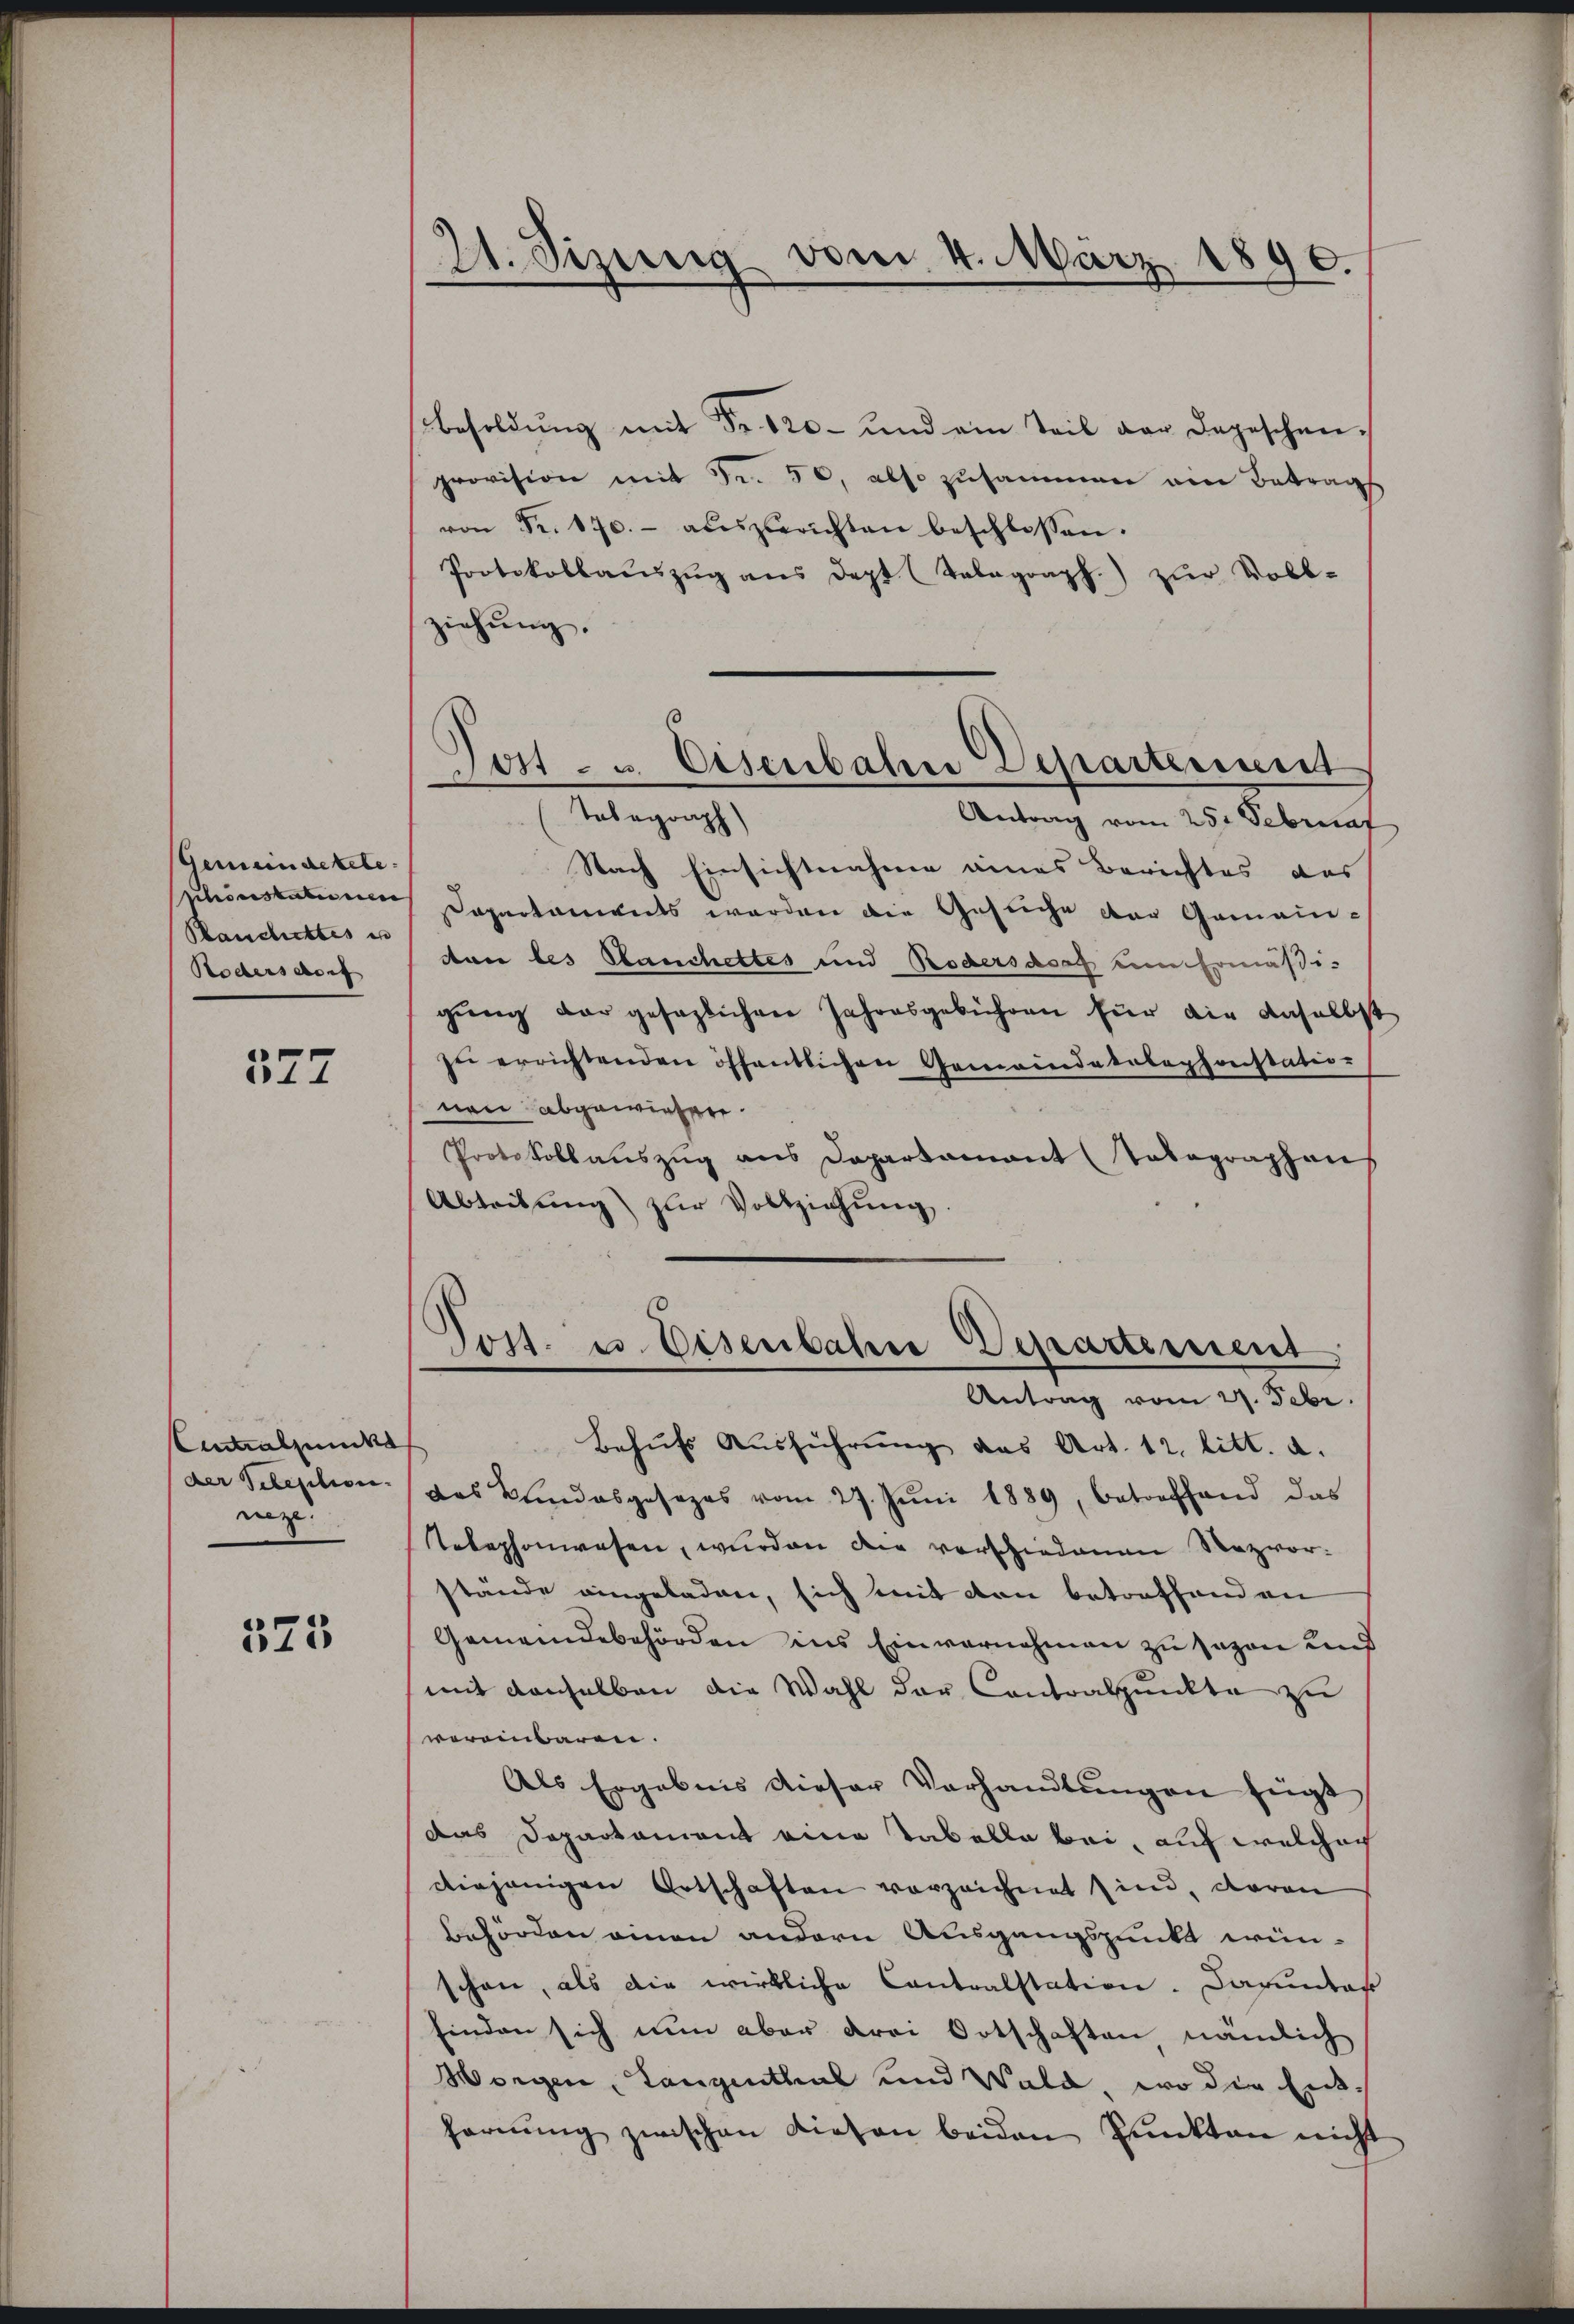
Gemeindekete.
Rauschicktes is
Rödersdorf

377

Eintralsund
neze

523

21. Sizung vom 4. März 1890.

Besoldŭng mit Fr. 120 und ain Teil der Depeschen,
provision mit Fr. 50, also zusammen ein Betrag
von Fr. 170.- aŭszurichten beschlossen.
Protokollaŭszŭg ans dept (Telegraph.) zŭr Voll-
ziehung.
Nach Einsichtnahme eines Berichtes das
binskabine Departaments werden die Gesuche der Gemein-
don des Hauchettes und Rödersdorf um Ermäßi-
gung der gesezlichen Jahresgebühren für die daselbs
zu errichtenden öffentlichen Gemeindetelephonstatio-
nen abgewiesen.
Protokollauszug aus Departamant totagraphens
Abteilŭng zŭr Vollziehŭng.
Post. u. Eisenbahre Departement
Antrag vom 27. Febr.
Behufs Ausführung das Art. 12. litt. a.
der Reception das Bundesgesezes vom 27. Jŭni 1889, betreffend das
Telephonwesen, wurden die vorschiedenen Rezvorstände eingeladen, sich mit den betreffenden
Gemeindebehörden ins Einvernehmen zu sagen und
mit denselben die Wahl der Contralpunkte zu
vereinbaren.
Als Ergebnis dieser Verhandlŭngen fügt
das Departament eine Tabella bei, auf welchach
diejenigen Ortschaften vorzeichnet sind, daran
Behörden einen andern Ausgangspunkt wein-
schon, als die wirkliche Contralstation. Darunter
finden sich nun aber drei Ortschaften, nämlich
Morgen, Langenthal und Wald, wo die Entfernŭng zwischen Liesen beiden Punkten nicht

Tott - u. Eisenbahn Departement
Tobegraph
Antrag vom 25t Sebruar